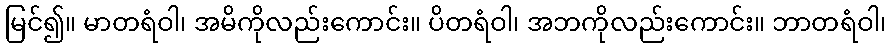
မြင်၍။ မာတရံဝါ၊ အမိကိုလည်းကောင်း။ ပိတရံဝါ၊ အဘကိုလည်းကောင်း။ ဘာတရံဝါ၊